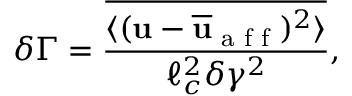
\delta \Gamma = \frac { \overline { { \langle ( \mathbf { u } - \overline { { \mathbf { u } } } _ { \textrm { a f f } } ) ^ { 2 } \rangle } } } { \ell _ { c } ^ { 2 } \delta \gamma ^ { 2 } } ,